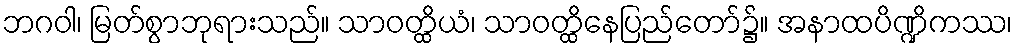
ဘဂဝါ၊ မြတ်စွာဘုရားသည်။ သာဝတ္ထိယံ၊ သာဝတ္ထိနေပြည်တော်၌။ အနာထပိဏ္ဍိကဿ၊